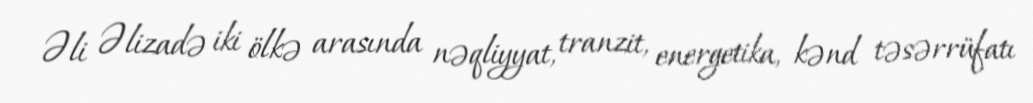
Əli Əlizadə iki ölkə arasında nəqliyyat, tranzit, energetika, kənd təsərrüfatı